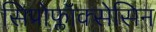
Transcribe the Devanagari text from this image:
सिप्रोफ्लॉक्सेसिन